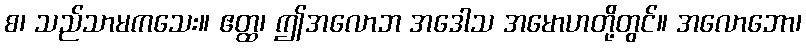
စ၊ သည်သာမကသေး။ ဧတ္ထ၊ ဤအလောဘ အဒေါသ အမောဟတို့တွင်။ အလောဘော၊